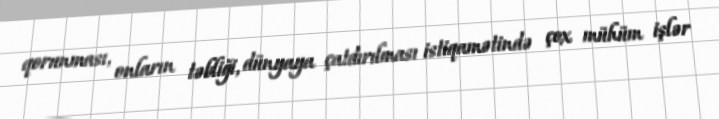
qorunması, onların təbliği, dünyaya çatdırılması istiqamətində çox mühüm işlər